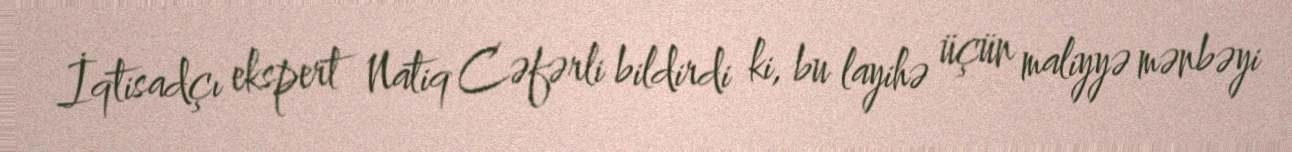
İqtisadçı ekspert Natiq Cəfərli bildirdi ki, bu layihə üçün maliyyə mənbəyi